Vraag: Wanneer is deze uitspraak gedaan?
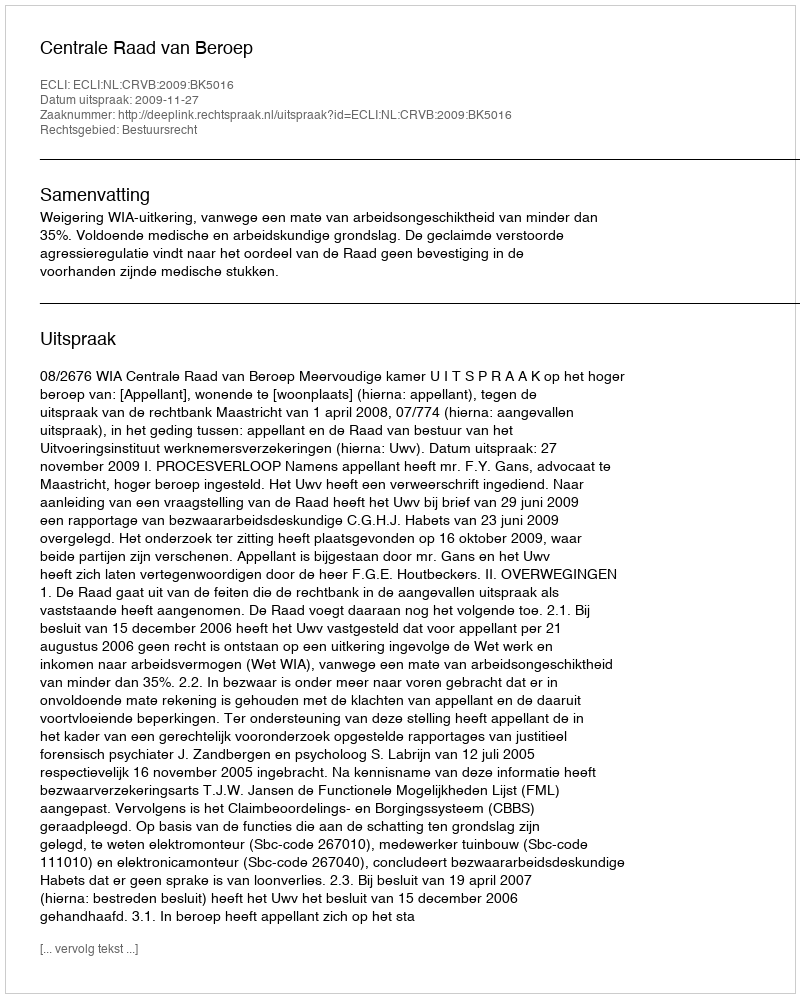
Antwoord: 2009-11-27